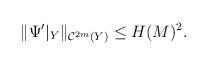
LaTeX: \begin{align*} \Vert\Psi'|_{Y}\Vert_{\mathcal{C}^{2m}(Y)}\leq H(M)^{2}. \end{align*}